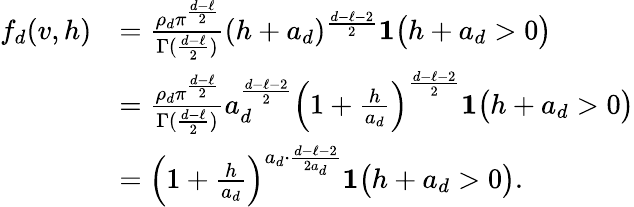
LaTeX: \begin{array}{rl}{f_{d}(v,h)}&{={\frac{\rho_{d}\pi^{\frac{d-\ell}{2}}}{\Gamma({\frac{d-\ell}{2}})}}(h+a_{d})^{{\frac{d-\ell-2}{2}}}{\mathbf 1}\big(h+a_{d}>0\big)}\\ &{={\frac{\rho_{d}\pi^{\frac{d-\ell}{2}}}{\Gamma({\frac{d-\ell}{2}})}}a_{d}^{\frac{d-\ell-2}{2}}\Big(1+{\frac{h}{a_{d}}}\Big)^{{\frac{d-\ell-2}{2}}}{\mathbf 1}\big(h+a_{d}>0\big)}\\ &{=\Big(1+{\frac{h}{a_{d}}}\Big)^{a_{d}\cdot{\frac{d-\ell-2}{2a_{d}}}}{\mathbf 1}\big(h+a_{d}>0\big).}\end{array}